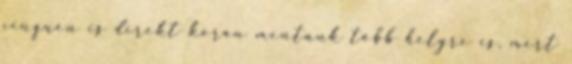
cinquén is direkt korán mentünk több helyre is, mert